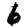
Digit: 6